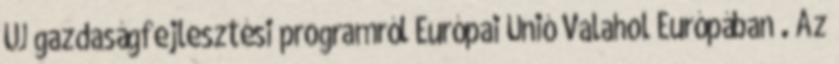
ÚJ gazdaságfejlesztési programról Európai Unió Valahol Európában . Az